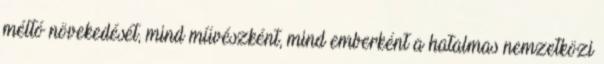
méltó növekedését, mind művészként, mind emberként a hatalmas nemzetközi